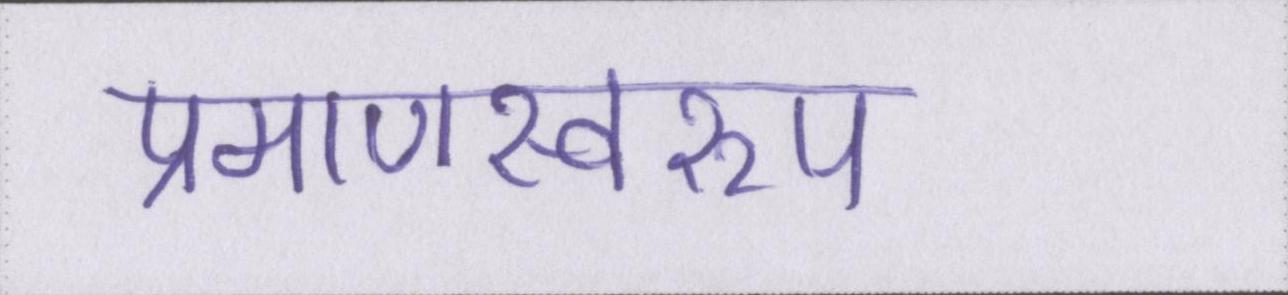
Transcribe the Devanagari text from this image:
प्रमाणस्वरूप